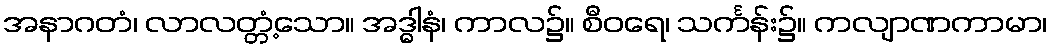
အနာဂတံ၊ လာလတ္တံ့သော။ အဒ္ဓါနံ၊ ကာလ၌။ စီဝရေ၊ သင်္ကန်း၌။ ကလျာဏကာမာ၊